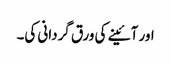
اور آئینے کی ورق گردانی کی۔